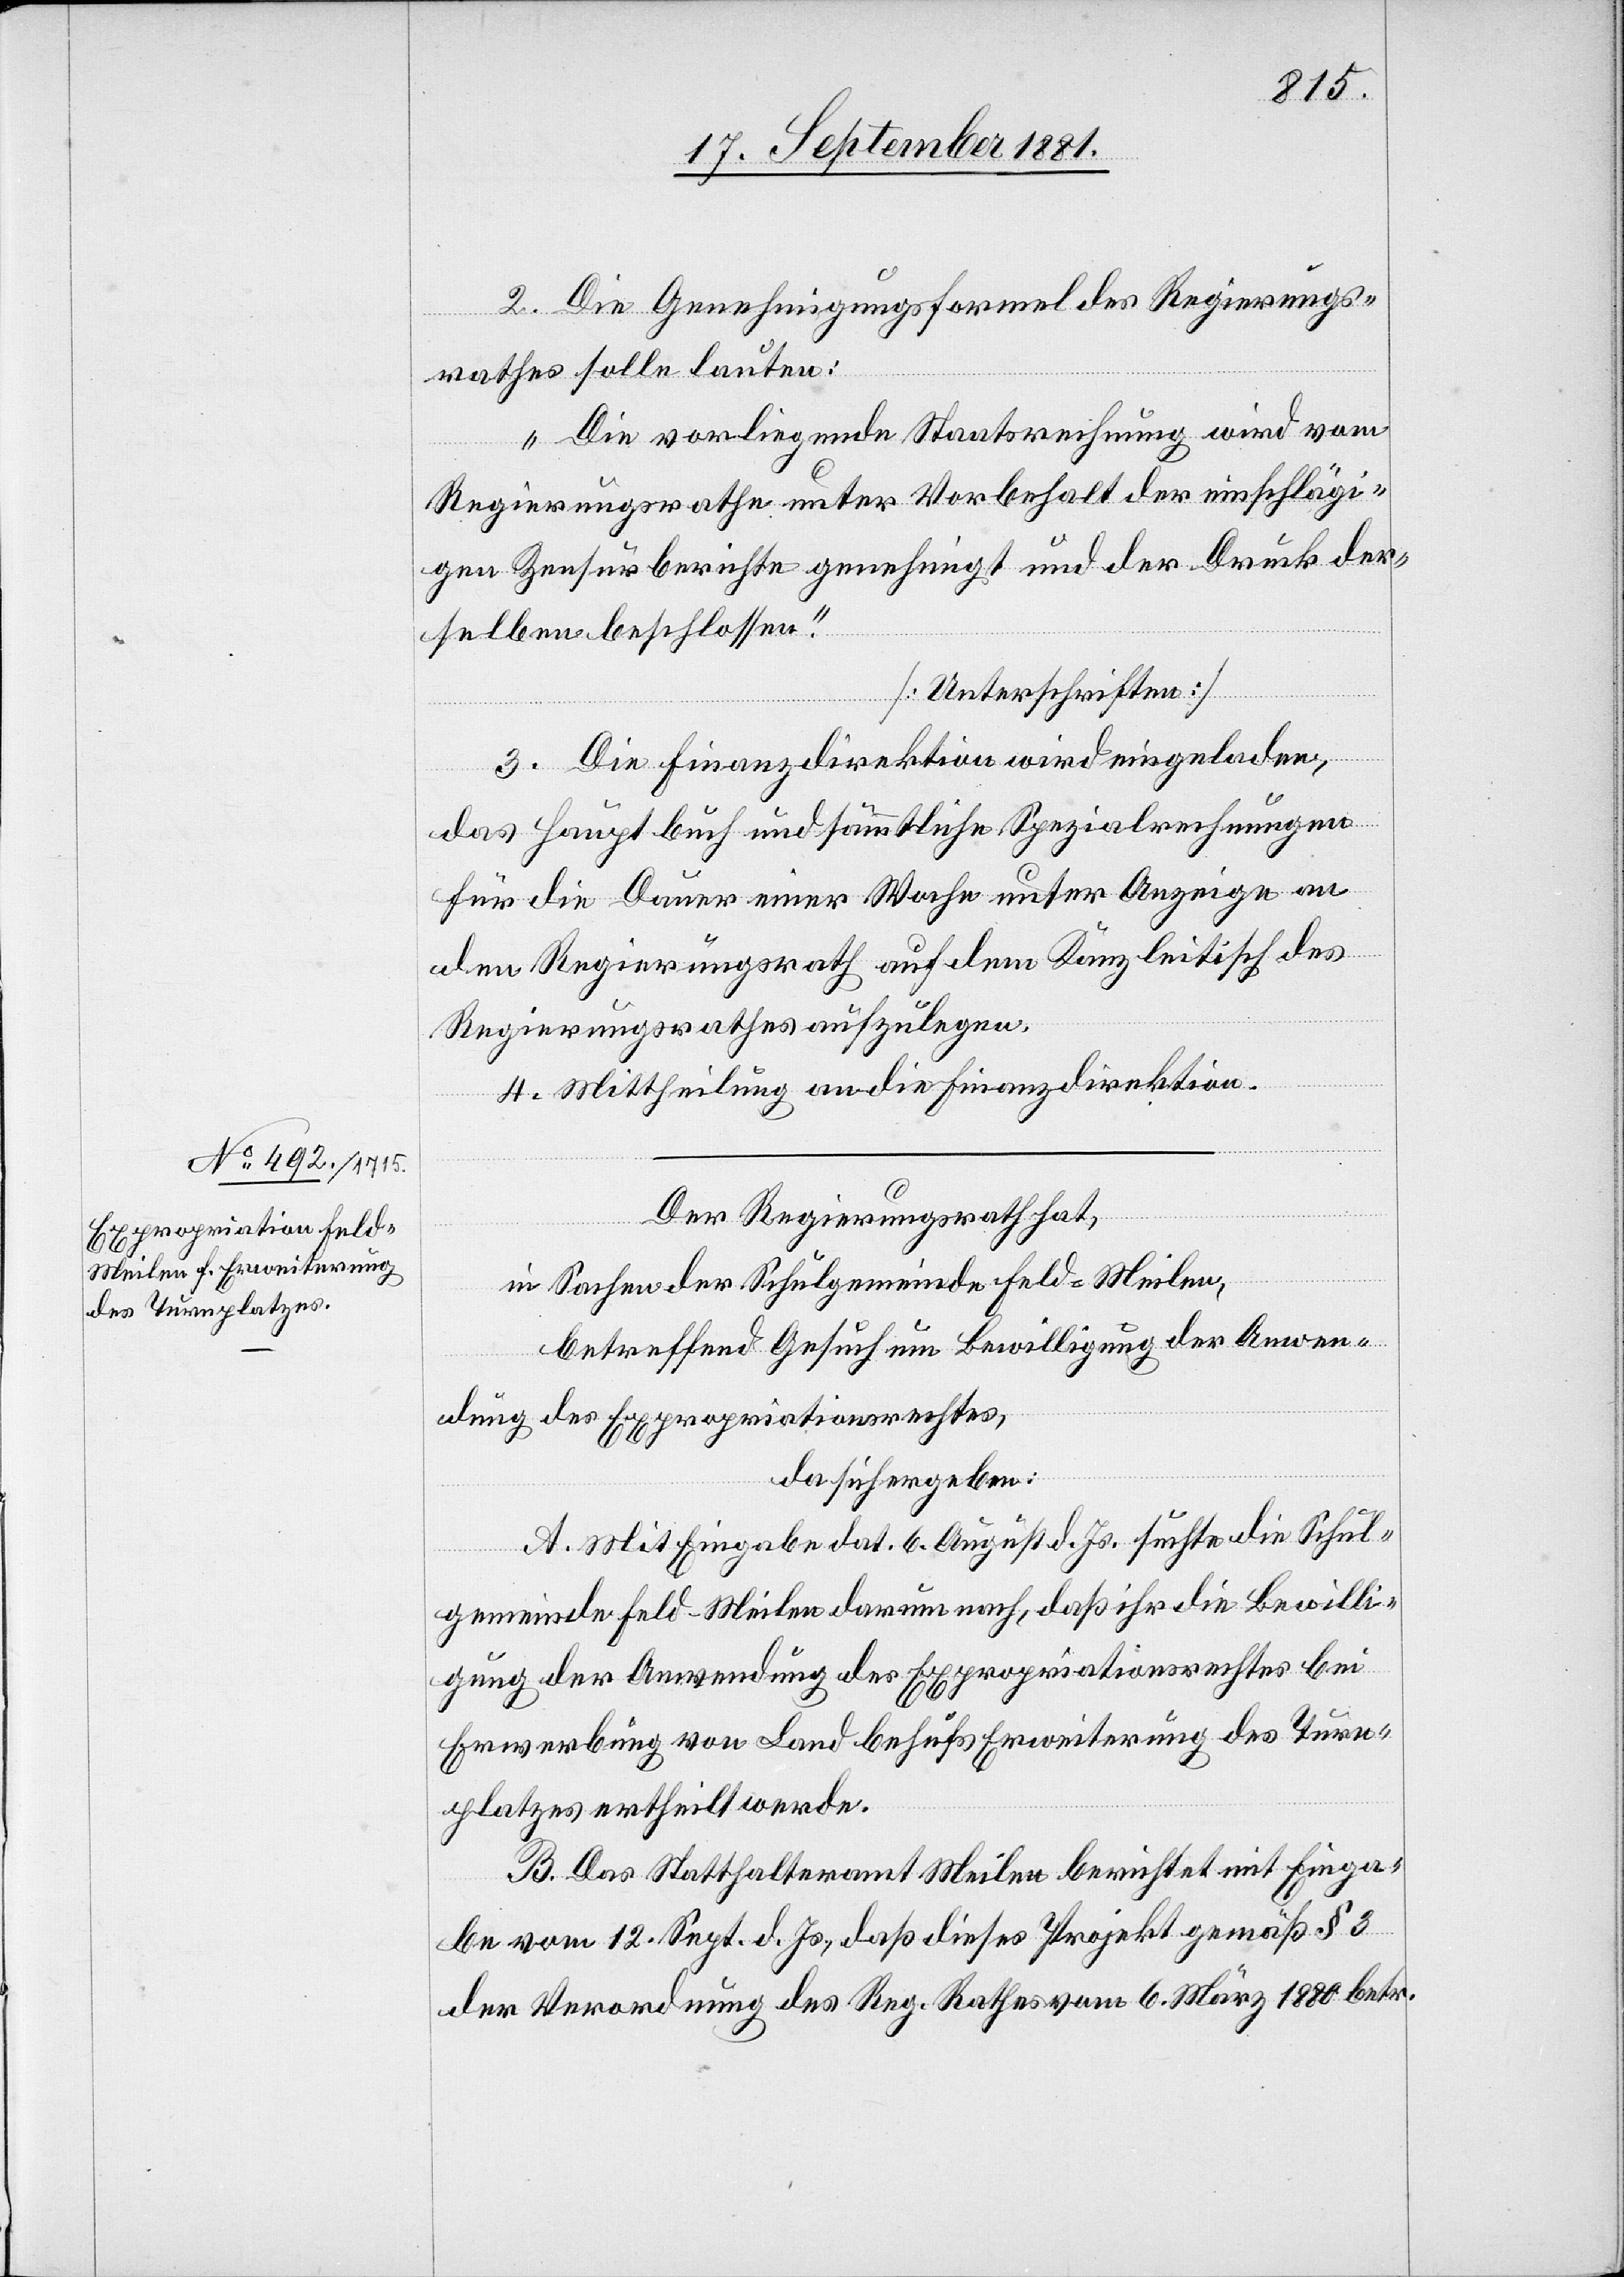
2. Die Genehmigungsformel des Regierungs¬
rathes solle lauten:
„Die vorliegende Staatsrechnung wird vom
Regierungsrathe unter Vorbehalt der einschlägi¬
gen Zensurberichte genehmigt und der Druck der¬
selben beschlossen.“
[Unterschriften]
3. Die Finanzdirektion wird eingeladen,
das Hauptbuch und sämmtliche Spezialrechnungen
für die Dauer einer Woche unter Anzeige an
den Regierungsrath auf dem Kanzleitisch des
Regierungsrath aufzulegen.
4. Mittheilung an die Finanzdirektion.
Der Regierungsrath hat,
in Sachen der Schulgemeinde Feld-Meilen,
betreffend Gesuch um Bewilligung der Anwen¬
dung des Expropriationsrechtes,
da sich ergeben:
A. Mit Eingabe dat. 6. August d. Js. suchte die Schul¬
gemeinde Feld-Meilen darum nach, daß die Bewilli¬
gung der Anwendung des Expropriationsrechtes bei
Erwerbung von Land behufs Erweiterung des Turn¬
platzes ertheilt werde.
B. Das Statthalteramt Meilen berichtet mit Einga¬
be vom 12. Sept. d. Js., daß dieses Projekt gemäß § 3
der Verordnung des Reg. Rathes vom 6. März 1880 betr.